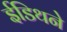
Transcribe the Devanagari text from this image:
ईडिथने